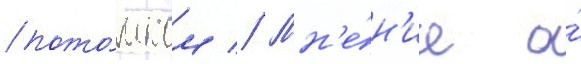
пото́мком // Мн'е́н'ие о́